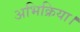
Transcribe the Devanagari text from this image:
अभिक्रिया।